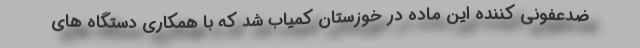
ضدعفونی کننده این ماده در خوزستان کمیاب شد که با همکاری دستگاه های